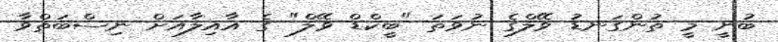
ބުނީ މީ ތުންގަނޑު ވޭލްގެ ނުވަތަ "ބީކްޑް ވޭލް" ގެ އާއިލާއަށް ނިސްބަތްވާ